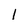
Character: l